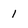
Character: I